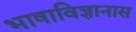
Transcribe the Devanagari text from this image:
भाषाविज्ञानास